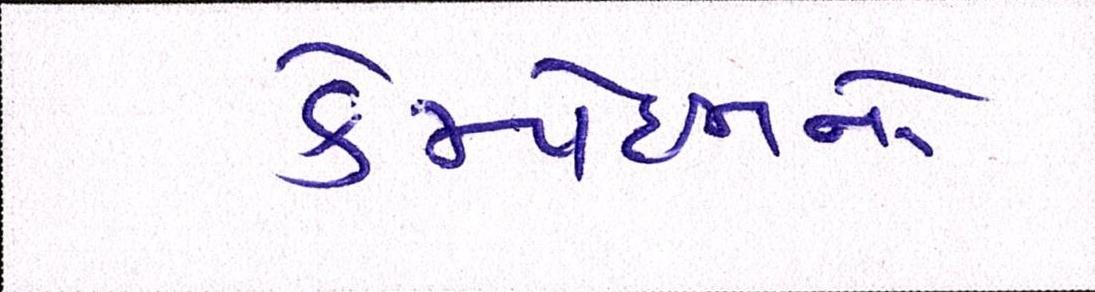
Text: કેમ્પેઈનનો